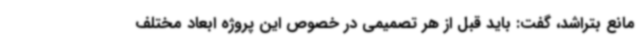
مانع بتراشد، گفت: باید قبل از هر تصمیمی در خصوص این پروژه ابعاد مختلف